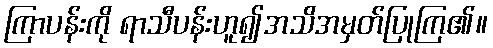
ကြာပန်းကို ရာသီပန်းဟူ၍အသိအမှတ်ပြုကြ၏။